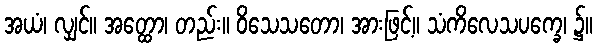
အယံ၊ လျှင်။ အတ္ထော၊ တည်း။ ဝိသေသတော၊ အားဖြင့်။ သံကိလေသပက္ခေ၊ ၌။